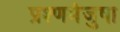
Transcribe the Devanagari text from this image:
प्रश्णमंजुषा